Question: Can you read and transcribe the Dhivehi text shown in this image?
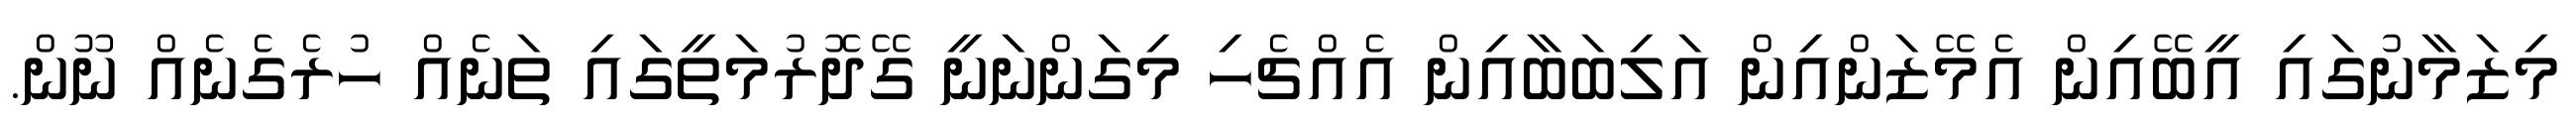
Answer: މިޒަމާނުގައި އީބޭއިން އެމޭޒަންއިން އަލިބަބާއިން އެއްޗެހި މިގަންނަނީ ގޭދޮރުމަތީގައި ތަނެއް ހުރެގެނެއް ނޫން.